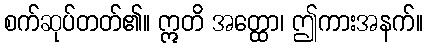
စက်ဆုပ်တတ်၏။ ဣတိ အတ္ထော၊ ဤကားအနက်။